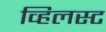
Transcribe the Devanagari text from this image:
व्हिलस्ट